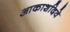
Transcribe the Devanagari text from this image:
आकाशदिवे